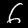
Digit: 6